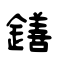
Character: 鐥